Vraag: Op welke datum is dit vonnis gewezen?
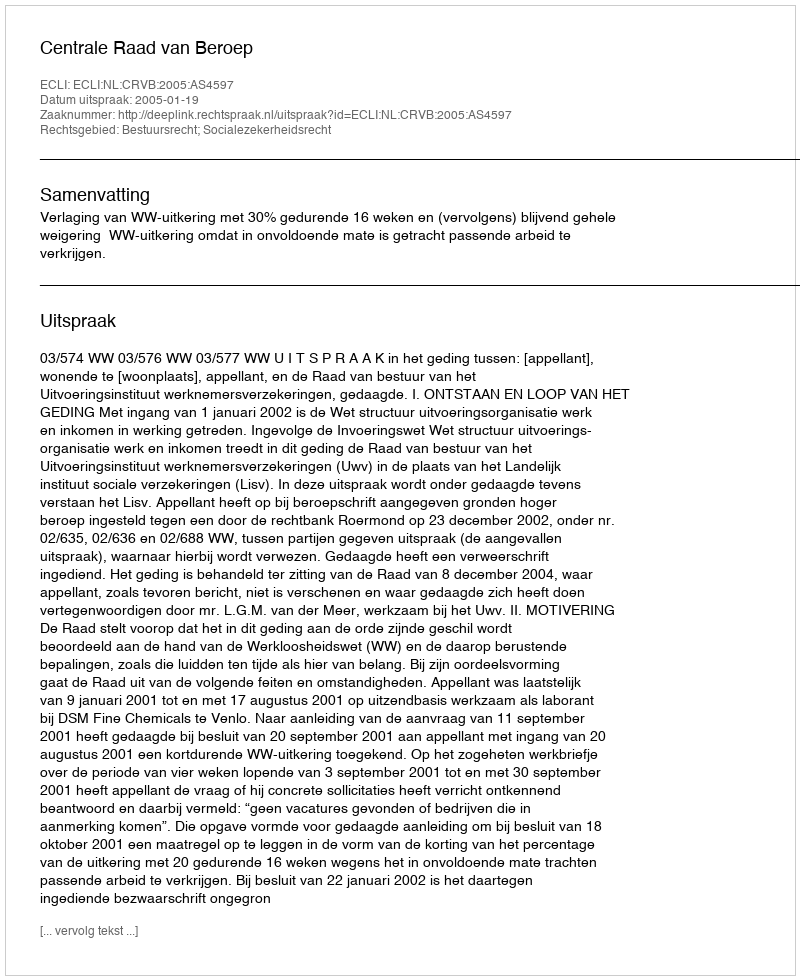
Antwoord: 2005-01-19